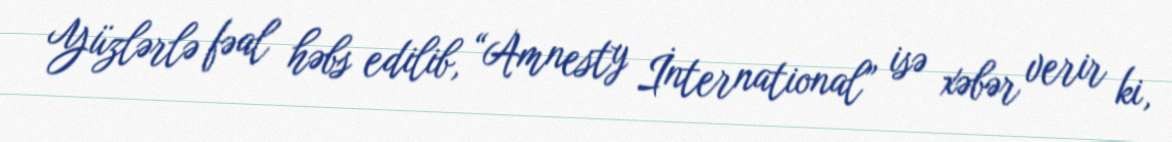
Yüzlərlə fəal həbs edilib, “Amnesty İnternational” isə xəbər verir ki,